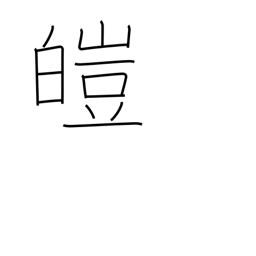
Meaning: white